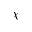
\chi